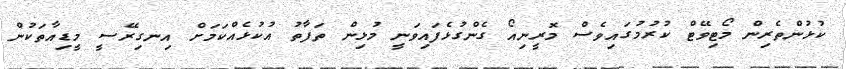
ކުޅުންތެރިން މޯޓިވޭޓް ކުރުމުގައިވެސް މޮރީނިއޯ ގެންގުޅެފައިވަނީ މުޅިން ތަފާތު އުކުޅެއްކަމަށް އިނގިރޭސީ މީޑިއާތަކުން